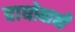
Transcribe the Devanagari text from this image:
वाघोबाची